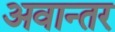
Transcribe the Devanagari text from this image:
अवान्‍तर